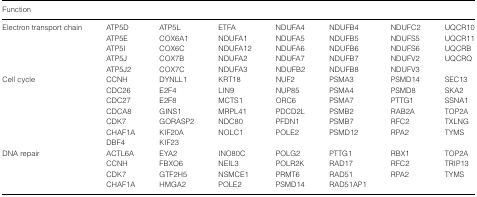
| Function |  |  |  |  |  |  |  |
 | --- | --- | --- | --- | --- | --- | --- | --- |
 | Electron transport chain | ATP5D | ATP5L | ETFA | NDUFA4 | NDUFB4 | NDUFC2 | UQCR10 |
 |  | ATP5E | COX6A1 | NDUFA1 | NDUFA5 | NDUFB5 | NDUFS5 | UQCR11 |
 |  | ATP5I | COX6C | NDUFA12 | NDUFA6 | NDUFB6 | NDUFS6 | UQCRB |
 |  | ATP5J | COX7B | NDUFA2 | NDUFA7 | NDUFB7 | NDUFV2 | UQCRQ |
 |  | ATP5J2 | COX7C | NDUFA3 | NDUFB2 | NDUFB8 | NDUFV3 |  |
 | Cell cycle | CCNH | DYNLL1 | KRT18 | NUF2 | PSMA3 | PSMD14 | SEC13 |
 |  | CDC26 | E2F4 | LIN9 | NUP85 | PSMA4 | PSMD8 | SKA2 |
 |  | CDC27 | E2F8 | MCTS1 | ORC6 | PSMA7 | PTTG1 | SSNA1 |
 |  | CDCA8 | GINS1 | MRPL41 | PDCD2L | PSMB2 | RAB2A | TOP2A |
 |  | CDK7 | GORASP2 | NDC80 | PFDN1 | PSMB7 | RFC2 | TXLNG |
 |  | CHAF1A | KIF20A | NOLC1 | POLE2 | PSMD12 | RPA2 | TYMS |
 |  | DBF4 | KIF23 |  |  |  |  |  |
 | DNA repair | ACTL6A | EYA2 | INO80C | POLG2 | PTTG1 | RBX1 | TOP2A |
 |  | CCNH | FBXO6 | NEIL3 | POLR2K | RAD17 | RFC2 | TRIP13 |
 |  | CDK7 | GTF2H5 | NSMCE1 | PRMT6 | RAD51 | RPA2 | TYMS |
 |  | CHAF1A | HMGA2 | POLE2 | PSMD14 | RAD51AP1 |  |  |